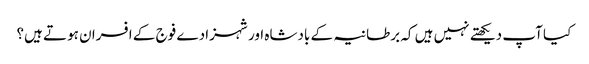
کیا آپ دیکھتے نہیں ہیں کہ برطانیہ کے بادشاہ اور شہزادے فوج کے افسران ہوتے ہیں؟